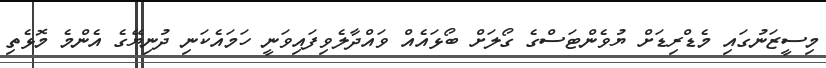
މިސީޒަނުގައި މެޑްރިޑަށް ޔުވެންޓަސްގެ ގޯލަށް ބޯޅައެއް ވައްދާލެވިފައިވަނީ ހަމައެކަނި ދުނިޔޭގެ އެންމެ މޮޅެތި